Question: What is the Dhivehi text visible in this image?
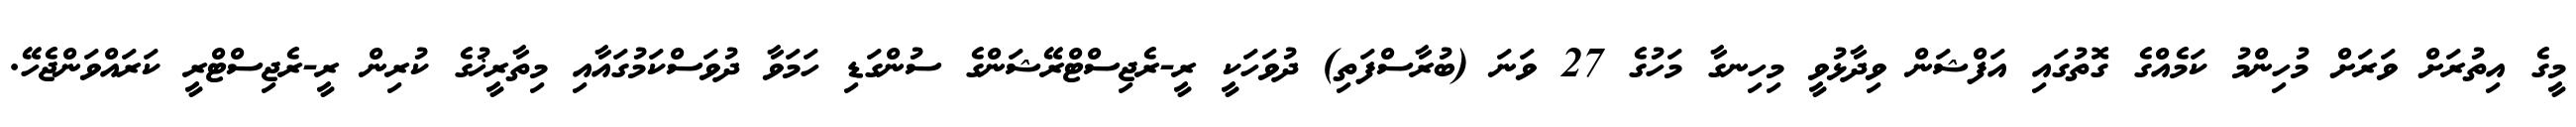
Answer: މީގެ އިތުރަށް ވަރަށް މުހިންމު ކަމެއްގެ ގޮތުގައި އަފްޝަން ވިދާޅުވީ މިހިނގާ މަހުގެ 27 ވަނަ (ބުރާސްފަތި) ދުވަހަކީ ރީ-ރެޖިސްޓްރޭޝަންގެ ސުންގަޑި ހަމަވާ ދުވަސްކަމުގައާއި މިތާރީޚުގެ ކުރިން ރީ-ރެޖިސްޓްރީ ކަރައްވަންޖެހޭ.